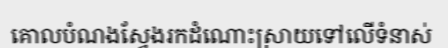
គោលបំណងស្វែងរកដំណោះស្រាយទៅលើទំនាស់